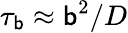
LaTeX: \tau_{\mathsf{b}}\approx\mathsf{b}^{2}/D